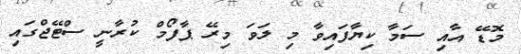
މޮޑޭ އާއި ސަމާ ކިޔާފައިވާ މި ލަވަ މިރޭ ޕާފޯމް ކުރާނީ ސްޓޭޖްގައި